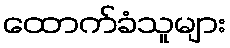
ထောက်ခံသူများ